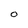
Character: O